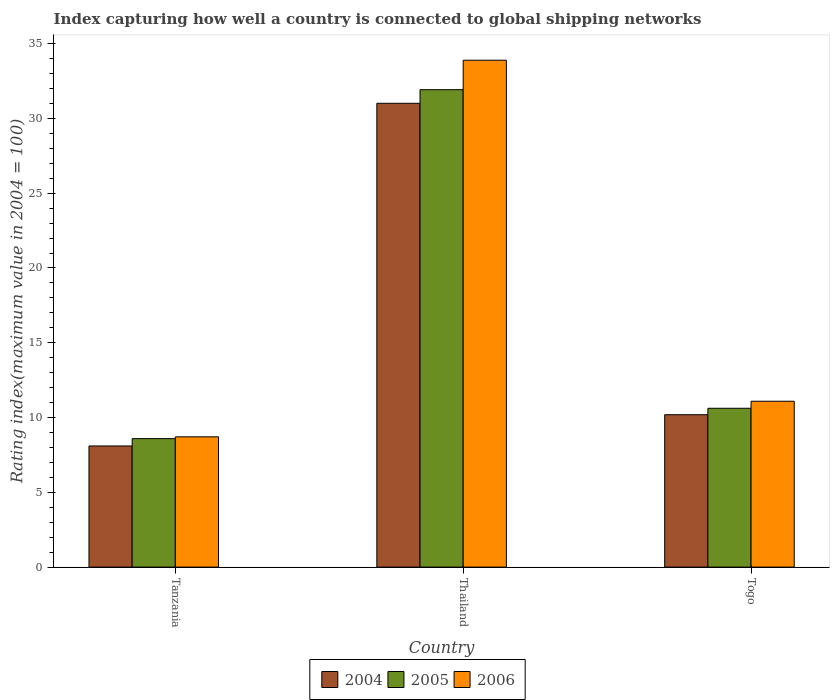
| Country | 2004 | 2005 | 2006 |
 | --- | --- | --- | --- |
 | Tanzania | 8.1 | 8.59 | 8.71 |
 | Thailand | 31 | 31.9 | 33.9 |
 | Togo | 10.2 | 10.6 | 11.1 |